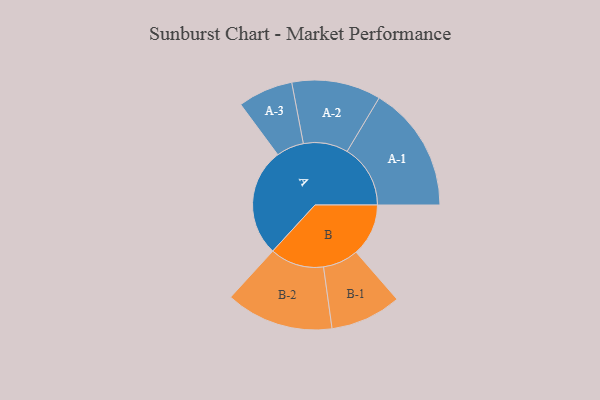
{"axis": {"x": "Segment", "y": "Value"}, "legend": ["", "A", "B"], "data": [{"x": "A", "y": 487, "type": ""}, {"x": "B", "y": 236, "type": ""}, {"x": "A-1", "y": 285, "type": "A"}, {"x": "A-2", "y": 201, "type": "A"}, {"x": "A-3", "y": 124, "type": "A"}, {"x": "B-1", "y": 160, "type": "B"}, {"x": "B-2", "y": 243, "type": "B"}]}